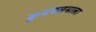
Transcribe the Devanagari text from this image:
कुवयलमाला